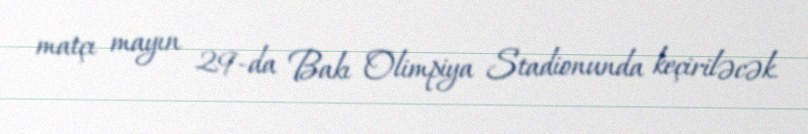
matçı mayın 29-da Bakı Olimpiya Stadionunda keçiriləcək.